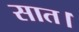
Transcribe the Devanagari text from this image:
सात।